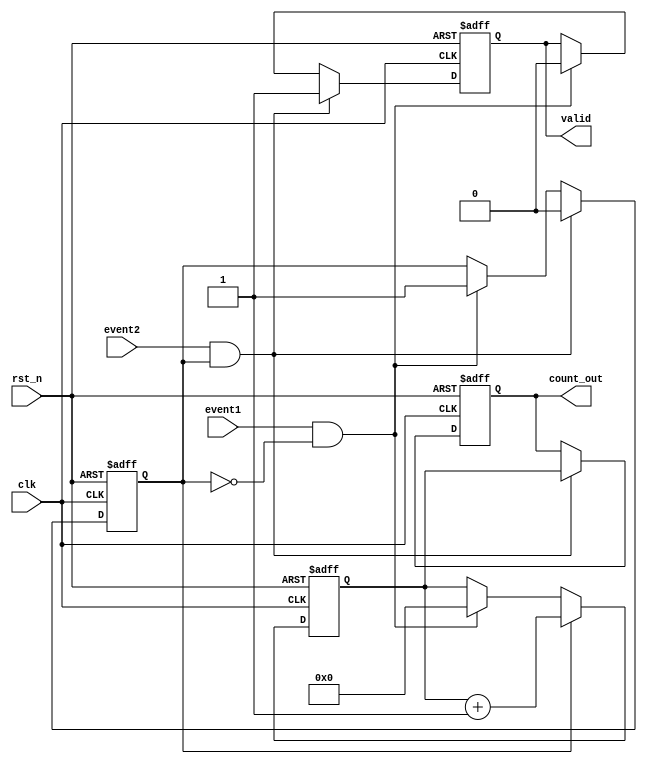
module TDC (
    input wire clk,              // High-frequency clock signal
    input wire rst_n,            // Active low reset signal
    input wire event1,           // First event input
    input wire event2,           // Second event input
    output reg [31:0] count_out, // Output to store the count value
    output reg valid             // Output signal indicating valid count
);

    reg [31:0] counter;          // 32-bit counter
    reg counting;                // State to indicate if counting is active

    // Asynchronous reset and event detection
    always @(posedge clk or negedge rst_n) begin
        if (!rst_n) begin
            counter <= 32'b0;    // Reset counter to zero
            count_out <= 32'b0;  // Reset output count
            valid <= 1'b0;       // Reset valid flag
            counting <= 1'b0;    // Reset counting state
        end else begin
            if (event1 && !counting) begin
                counting <= 1'b1; // Start counting on first event
                counter <= 32'b0; // Reset counter on first event
                valid <= 1'b0;    // Invalidate output until second event
            end
            
            if (counting) begin
                counter <= counter + 1; // Increment counter on each clock cycle
            end
            
            if (event2 && counting) begin
                counting <= 1'b0; // Stop counting on second event
                count_out <= counter; // Store the count value
                valid <= 1'b1;    // Set valid flag to indicate valid count
            end
        end
    end

endmodule